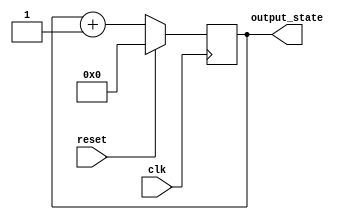
module synchronous_reset (
    input wire clk,              // Clock signal
    input wire reset,            // Reset control signal
    output reg [7:0] output_state // Output state (8-bit for example)
);

// Define the reset value
parameter RESET_VALUE = 8'b00000000; // Example reset value

// Behavioral model with synchronous reset
always @(posedge clk) begin
    if (reset) begin
        // On reset, set the output state to the predefined reset value
        output_state <= RESET_VALUE;
    end else begin
        // Normal operation logic here
        // For example, increment the output state
        // This is just an example; replace with your actual logic
        output_state <= output_state + 1;
    end
end

endmodule